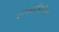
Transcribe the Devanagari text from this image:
रागरागिनियों